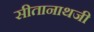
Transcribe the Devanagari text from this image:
सीतानाथजी